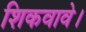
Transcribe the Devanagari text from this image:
शिकवावे।